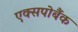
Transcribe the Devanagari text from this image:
एक्सपोबैंक